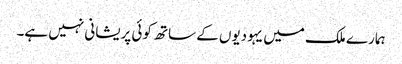
ہمارے ملک میں یہودیوں کے ساتھ کوئی پریشانی نہیں ہے۔